Vital statistics of India. Vol. IV, Annual returns from 1871 to 1876. British Army of India, Native Army and jails of Bengal
Year: 1871
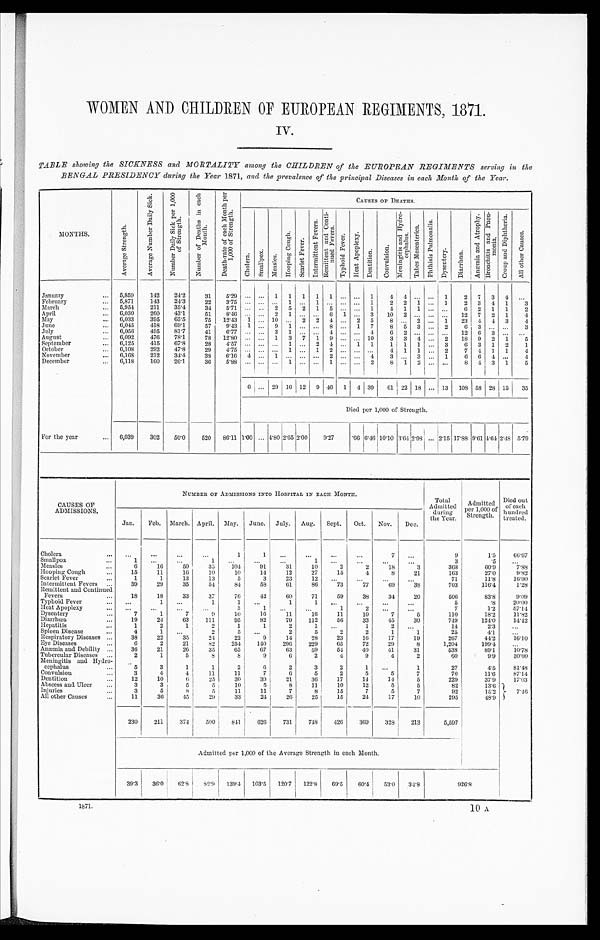
WOMEN AND CHILDREN OF EUROPEAN REGIMENTS, 1871.
IV.
TABLE showing the SICKNESS and MORTALITY among the CHILDREN of the EUROPEAN REGIMENTS serving in the
BENGAL PRESIDENCY during the Year 1871, and the prevalence of the principal Diseases in each Month of the Year.
MONTHS.
A v e r a g e S t r e n g t h .
A v e r a g e N u m b e r D a i l y S i c k .
N u m b e r D a i l y S i c k p e r 1 , 0 0 0 o f S t r e n g t h .
N u m b e r o f D e a t h s i n e a c h M o n t h .
D e a t h - r a t e o f e a c h M o n t h p e r 1 , 0 0 0 o f S t r e n g t h .
C A U S E S O F D E A T H S .
C h o l e r a . S ma l l p o x . M e a s l e s .
H o o p i n g C o u g h .
S c a r l e t F e v e r .
I n t e r m i t t e n t F e v e r s .
R e m i t t e n t a n d C o n t i - n u e d F e v e r s .
T y p h o i d F e v e r .
H e a t A p o p l e x y .
D e n t i t i o n .
C o n v u l s i o n .
M e n i n g i t i s a n d H y d r o - c e p h a l u s .
T a b e s M e s e n t e r i c a .
P h t h i s i s P u l m o n a l i s .
D y s e n t e r y . D i a r r h œ a .
A n œ m i a a n d A t r o p h y . B r o n c h i t i s a n d P n e u - m o n i a .
C r o u p a n d D i p h t h e r i a .
A l l o t h e r C a u s e s .
January
5,859
142
24.2
31
5.29 ... ... 1 1 1 1 1 ... ... 1
4 4 ... ... 1
2 7 3 4
. . .
February
5,871
143
24.3
22
3.75 ... ... ... 1 ... 1 ... ... ... 1
2 2 1
. . . 1
2 3
4 1
3
March
6,954
211
35.4
34
5.71 ... .. 2 5 2 1 5 ... ... 1
4 1 1 ... ...
6 2 1 1
2
April
6,030
260
43.1
51
8.46 ... ... 2 1 ... ... 6 1 ... 3 10 2 ... ... ... 12 7 2 1
4
May
6,033
395
65.5
75 12.43 1 ... 10 ... 2 2 4 ... 2 5
8 ... 2 ... 1 23 4 4 3
4
June
6,045
418 69.1
57
9.43 1 ... 9 1 ... ... 8 ... 1 7
8 5 3 ... 2
6 3
. . . ...
3
July
6,056
495
81.7
41
6.77 ... ... 3 1 ... ... 4 ... . . . 4
6 2 ... ... ... 12
6 3
. . .
. . .
August
6,092
476 78.1
78 12.80 ... ... 1 3 7 1 9 ... ... 10
3 3 4 ... 2 18 9 2 1
5
September
6,125
415
67.8
28
4.57 ... ... ... 1 ... 2 4 ... 1 1
1 1 1 ... 3
6 3 1 2
1
October
6 , 1 6 8
292 47.8
2 9
4.75... ...
. . . 1 ...
1 2 . . . . . . . . . 4 1 1
. . . 2
7 4 1 1
4
November
6,168 212
34.4
38 6.16 4 ...
1 ... ...
. . . 2
. . . . . . 4
3
. . . 3
. . . 1
6
6 4
. . . 4
December
6,118
160
26.1
30
5.88 ...
...
. . . 1 ...
. . . 1 ... ... 2
8 1 2 ...
. . . 8 4 3 1
5
6 ... 29 16 12 9 46 1 4 39 61 22 18 ... 13
1 0 8 58 28 15 35
Died per 1,000 of Strength.
For the year
6,039
302
50.0
520 86.11 1.00 ...
4 . 8 0 2 . 6 5
2.00
9 . 2 7
.66 6.46
1 0 . 1 0
3.64
2 . 9 8
... 2.15 17.88 9.61 4.64 2.48 5.79
CAUSES OF
ADMISSIONS.
NUMBER OF ADMISSIONS INTO HOSPITAL IN EACH MONTH.
Tot al
Admitted
during
the Year.
Admi t t ed per 1, 000 of
Strength.
Died out
of each
hundred
treated.
Jan. Feb. March. April. May. June. July. Aug. Sept. Oct. Nov. Dec.
Cholera
. . .
...
...
. . .
1
1 ...
. . . ...
...
7
. . .
9
1.5
6 6 . 6 7
Smallpox
1
. . .
. . .
1
. . .
. . .
...
1 ...
...
. . . . . .
3
. 5
. . .
Measles
6
16
5 0
35
1 0 4
91
31
10
2
2
1 8
3
368
60.9
7.88
Hooping Cough
15
11
16
10
10
14
12
27
15
4
8
21
1 6 3
2 7 . 0
9 . 8 2
Scarlet Fever
1
1
13
13
5
3
23
12 ...
...
...
...
71
11.8
1 6 . 9 0
Intermittent Fevers
39
29
35
54
84
58
61
86
73
77
69
38
703
116.4
1.28
Remittent and Continued
Fevers
18
18
33
37
76
42
60
71
59
38
34
20
506
83.8
9.09
Typhoid Fever
...
1
. . .
1
1
. . .
1
1 ...
...
...
. . .
5
.8
20.00
Heat Apoplexy
. . .
. . .
. . .
. . .
3
1
. . .
. . .
1
2
. . . ...
7
1.2
5 7 . 1 4
Dysentery
7
1
7
9
10
16
11
16
11
10
7
5
110
18.2
1 1 . 8 2
Diarrhœa
19
24
63
111
95
82
79
112
56
33
45
30
749
1 2 4 . 0
14.42
Hepatitis
1
2
1
2
1
1
2
1 ...
1
2
. . .
14
2 . 3 ...
Spleen Disease
4
1 ...
2
5
. . .
2
5
2
2
1
1
25
4.1
. . .
Respiratory Diseases
38
22
35
24
22
9
14
28
23
16
17
19
267
44.2
16.10
Eye Diseases
6
2
21
82
254
140
296
229
65
72
29
8
1,204
199.4
. . .
Anæmia and Debility
36
21
26
35
65
67
63
59
54
40
41
31
538
89.1
10.78
Tubercular Diseases
2
1
5
8
8
9
6
2
4
9
4
2
60
9.9
30.00
Meningitis and Hydro-
cephalus
5
3
1
1
2
6
2
3
2
1
. . .
1
27
4.5
81.43
Convulsion
3
4
4
11
11
7
6
5
2
5
5
7
70
11.6
87.14
Dentition
12
10
6
25
30
39
21
36
17
14
14
5
229
37.9
17.03
Abscess and Ulcer
3
3
5
5
10
5
8
11
10
12
5
5
82
13.6
7 . 4 6
Injuries
3
5
8
5
11
11
7
8
15
7
5
7
9
15.
All other Causes
11
36
45
29
33
24
26
25
15
24 17
10
295
48.9
230
211
374
500
841
626
731
748
426
36 328
213
5,597
Admitted per 1,000 of the Average Strengths in each Month.
3 9 . 3
3 6 . 0 62.8 82.9 139.4 103.5 120.7 122.8 69.5 60.4
5 3 . 0
3 4 . 8
926.8
1871.
10 A